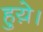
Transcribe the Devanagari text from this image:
हुय़े।